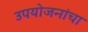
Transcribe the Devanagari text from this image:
उपयोजनांचा